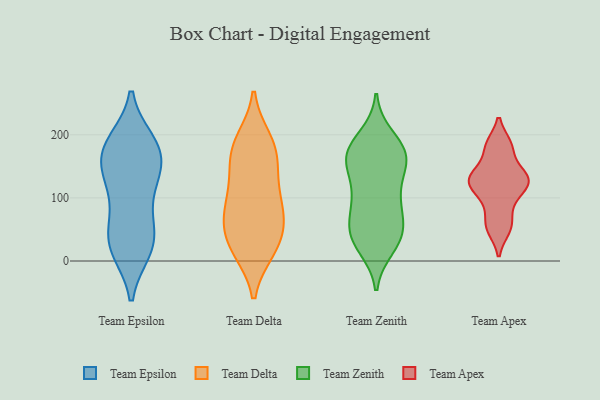
{"axis": {"x": "Budget (USD K)", "y": "Value"}, "legend": ["Team Apex", "Team Delta", "Team Epsilon", "Team Zenith"], "data": [{"x": "", "y": 18, "type": "Team Epsilon"}, {"x": "", "y": 93, "type": "Team Epsilon"}, {"x": "", "y": 145, "type": "Team Epsilon"}, {"x": "", "y": 27, "type": "Team Epsilon"}, {"x": "", "y": 177, "type": "Team Epsilon"}, {"x": "", "y": 18, "type": "Team Epsilon"}, {"x": "", "y": 49, "type": "Team Epsilon"}, {"x": "", "y": 140, "type": "Team Epsilon"}, {"x": "", "y": 61, "type": "Team Epsilon"}, {"x": "", "y": 188, "type": "Team Epsilon"}, {"x": "", "y": 136, "type": "Team Epsilon"}, {"x": "", "y": 183, "type": "Team Epsilon"}, {"x": "", "y": 125, "type": "Team Epsilon"}, {"x": "", "y": 176, "type": "Team Epsilon"}, {"x": "", "y": 181, "type": "Team Epsilon"}, {"x": "", "y": 26, "type": "Team Epsilon"}, {"x": "", "y": 130, "type": "Team Delta"}, {"x": "", "y": 96, "type": "Team Delta"}, {"x": "", "y": 64, "type": "Team Delta"}, {"x": "", "y": 18, "type": "Team Delta"}, {"x": "", "y": 191, "type": "Team Delta"}, {"x": "", "y": 90, "type": "Team Delta"}, {"x": "", "y": 21, "type": "Team Delta"}, {"x": "", "y": 184, "type": "Team Delta"}, {"x": "", "y": 168, "type": "Team Delta"}, {"x": "", "y": 178, "type": "Team Delta"}, {"x": "", "y": 63, "type": "Team Delta"}, {"x": "", "y": 20, "type": "Team Delta"}, {"x": "", "y": 39, "type": "Team Delta"}, {"x": "", "y": 140, "type": "Team Delta"}, {"x": "", "y": 79, "type": "Team Delta"}, {"x": "", "y": 162, "type": "Team Zenith"}, {"x": "", "y": 168, "type": "Team Zenith"}, {"x": "", "y": 63, "type": "Team Zenith"}, {"x": "", "y": 36, "type": "Team Zenith"}, {"x": "", "y": 154, "type": "Team Zenith"}, {"x": "", "y": 97, "type": "Team Zenith"}, {"x": "", "y": 179, "type": "Team Zenith"}, {"x": "", "y": 97, "type": "Team Zenith"}, {"x": "", "y": 50, "type": "Team Zenith"}, {"x": "", "y": 33, "type": "Team Zenith"}, {"x": "", "y": 47, "type": "Team Zenith"}, {"x": "", "y": 142, "type": "Team Zenith"}, {"x": "", "y": 110, "type": "Team Zenith"}, {"x": "", "y": 196, "type": "Team Zenith"}, {"x": "", "y": 177, "type": "Team Zenith"}, {"x": "", "y": 39, "type": "Team Zenith"}, {"x": "", "y": 165, "type": "Team Zenith"}, {"x": "", "y": 23, "type": "Team Zenith"}, {"x": "", "y": 167, "type": "Team Zenith"}, {"x": "", "y": 91, "type": "Team Zenith"}, {"x": "", "y": 183, "type": "Team Apex"}, {"x": "", "y": 95, "type": "Team Apex"}, {"x": "", "y": 60, "type": "Team Apex"}, {"x": "", "y": 139, "type": "Team Apex"}, {"x": "", "y": 51, "type": "Team Apex"}, {"x": "", "y": 181, "type": "Team Apex"}, {"x": "", "y": 115, "type": "Team Apex"}, {"x": "", "y": 124, "type": "Team Apex"}, {"x": "", "y": 131, "type": "Team Apex"}, {"x": "", "y": 132, "type": "Team Apex"}]}